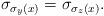
LaTeX: \begin{align*}\sigma_{\sigma_y(x)}=\sigma_{\sigma_z(x)}.\end{align*}